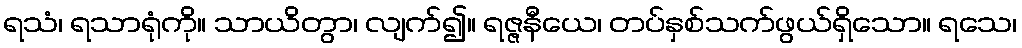
ရသံ၊ ရသာရုံကို။ သာယိတွာ၊ လျက်၍။ ရဇ္ဇနီယေ၊ တပ်နှစ်သက်ဖွယ်ရှိသော။ ရသေ၊